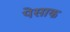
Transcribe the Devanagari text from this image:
पेसाक